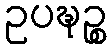
ဥပဍ္ဎဉ္စ